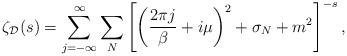
\begin{align*}\zeta_{\cal D}(s) = \sum_{j = -\infty}^{\infty} \sum_N \left[ \left({2\pi j\over\beta} + i\mu \right)^2 + \sigma_N + m^2\right]^{-s}, \end{align*}